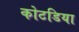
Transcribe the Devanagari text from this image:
कोटडिया